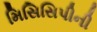
મિસિસિપીની